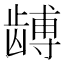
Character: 𬺏